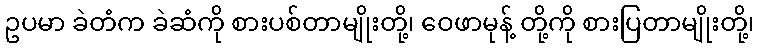
ဥပမာ ခဲတံက ခဲဆံကို စားပစ်တာမျိုးတို့၊ ဝေဖာမုန့် တို့ကို စားပြတာမျိုးတို့၊